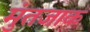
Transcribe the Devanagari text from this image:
मुंतजाक